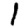
Digit: 1